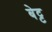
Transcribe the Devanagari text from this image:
बेट्ट